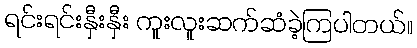
ရင်းရင်းနှီးနှီး ကူးလူးဆက်ဆံခဲ့ကြပါတယ်။